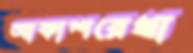
আকাশরেখা